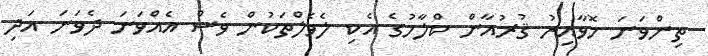
ތިންވަނަ ހޮވާއިރު ޤުރުއާން ކްލާހުގެ އެކި ލެެވެލްތަކުން ވެސް އެއްވަނަ ދެވަނަ އަދި